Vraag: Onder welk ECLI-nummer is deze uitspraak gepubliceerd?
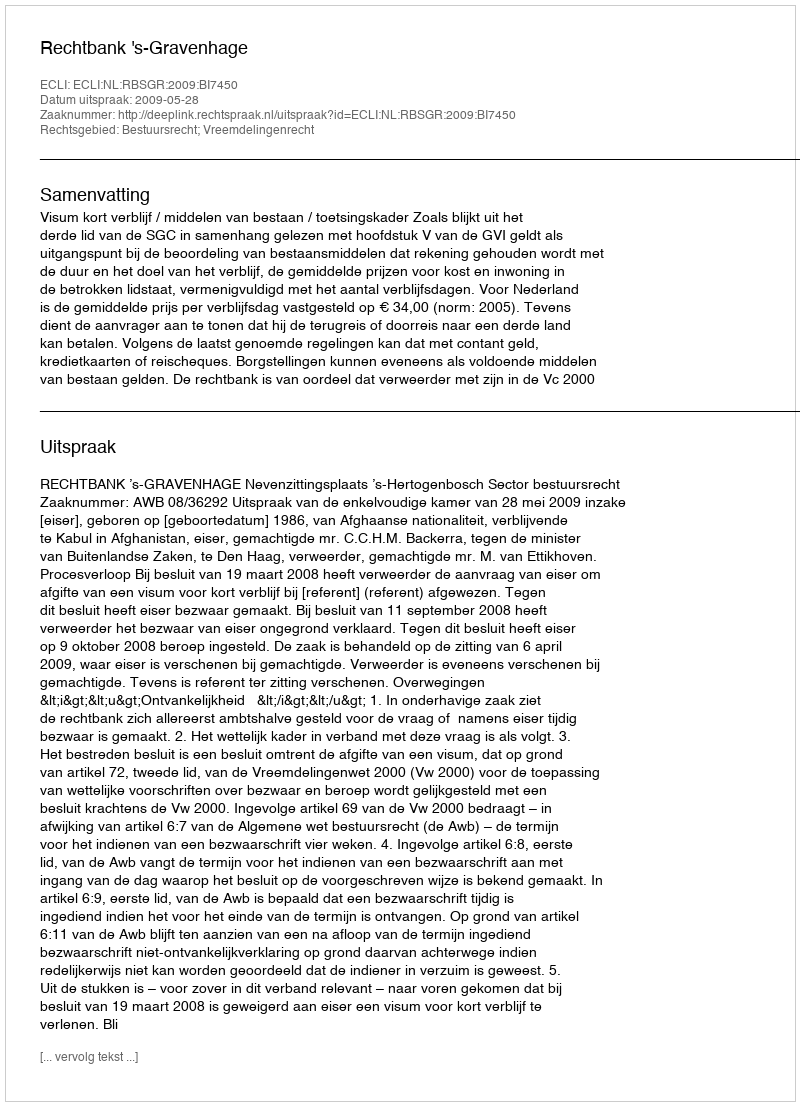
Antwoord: ECLI:NL:RBSGR:2009:BI7450